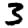
Digit: 3